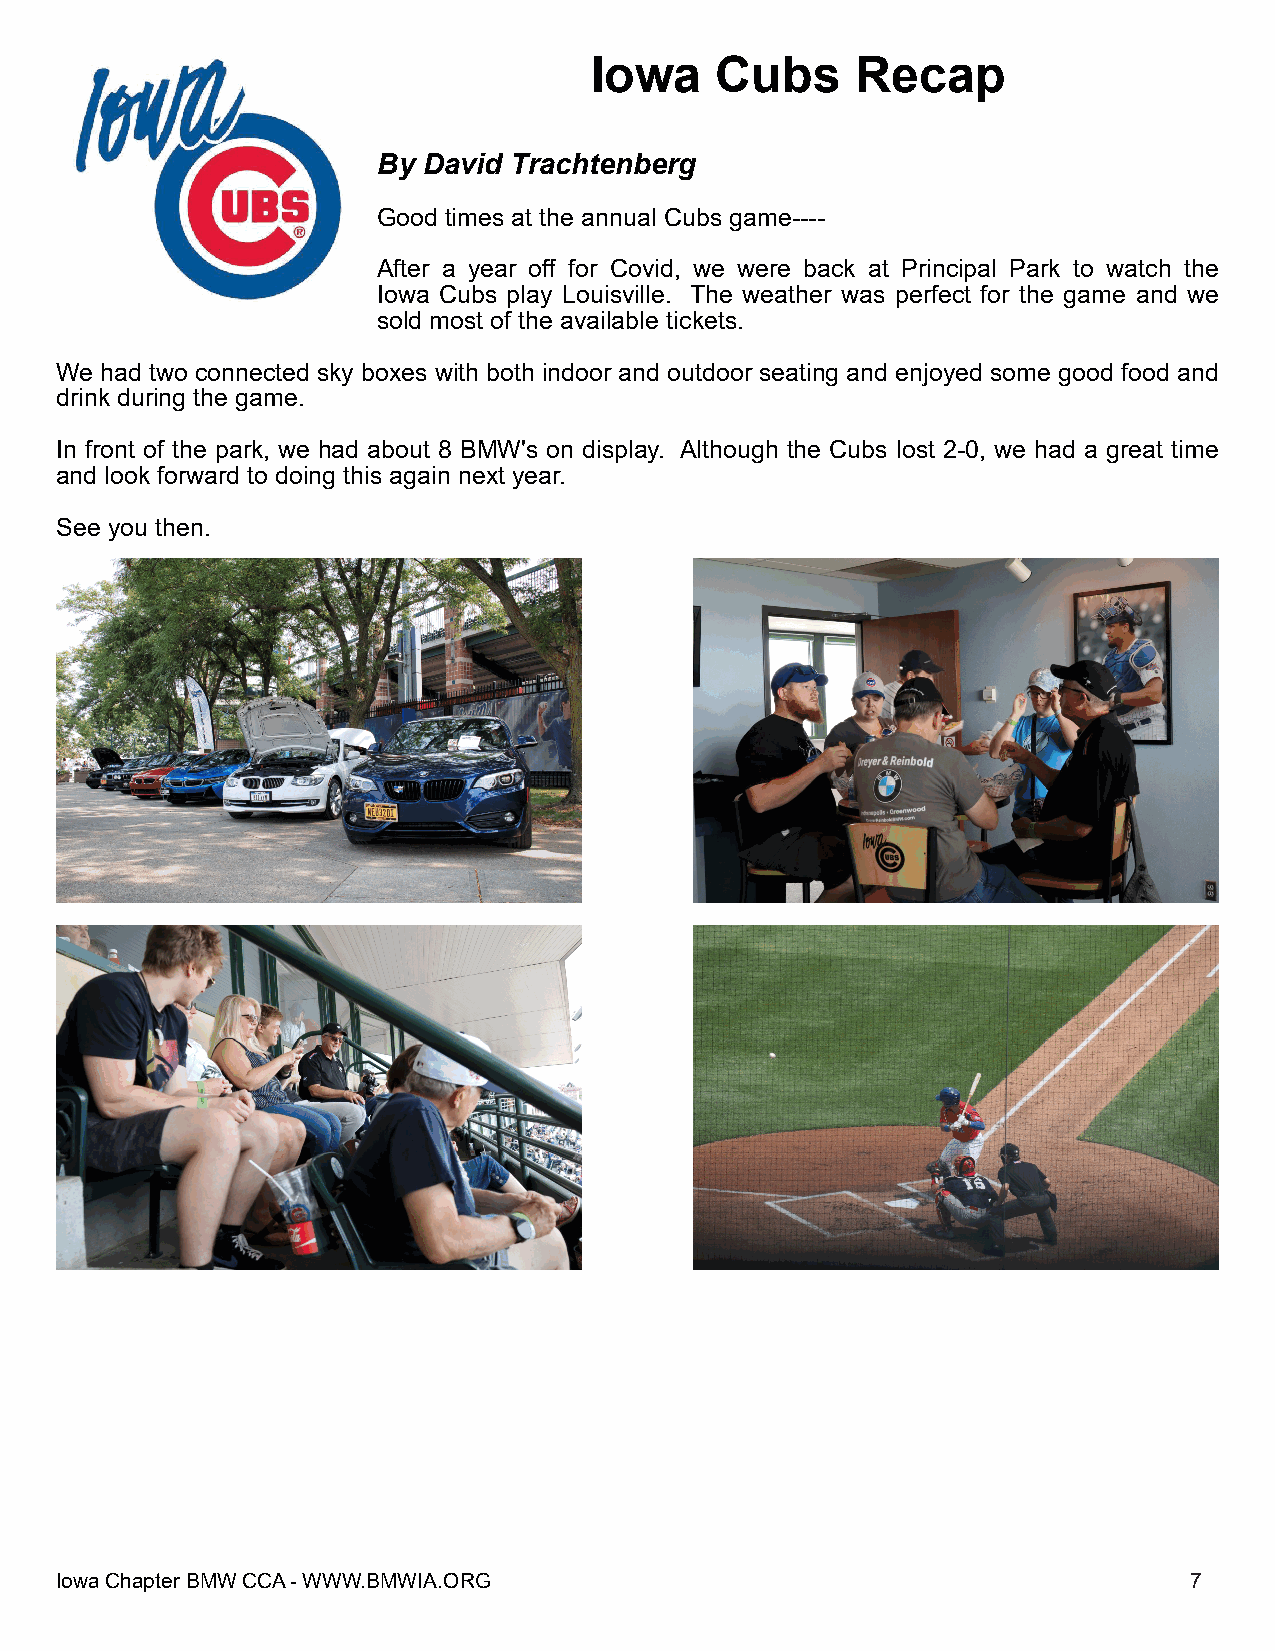
Iowa    Cubs      Recap
 By David Trachtenberg
 Good times at the annual Cubs game----
 After a year off for Covid, we were back at Principal Park to watch the
 Iowa Cubs play Louisville. The weather was perfect for the game and we
 sold most of the available tickets.
 We had two connected sky boxes with both indoor and outdoor seating and enjoyed some good food and
 drink during the game.
 In front of the park, we had about 8 BMW's on display. Although the Cubs lost 2-0, we had a great time
 and look forward to doing this again next year.
 See you then.
 IIoowwaaCChhaapptteerrBBMMWWCCCCAA--WWWWWW..BBMMWWIIAA..OORRGG             77